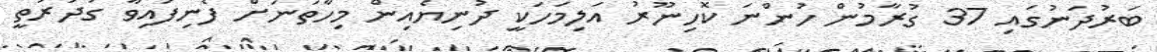
ބަރުދަނުގައި 37 ގުރާމުން ހުންނަ ކޮހިނޫރު އަލިމަހަކީ ދުނިޔެއިން މިހާތަނަށް ފެނިފައިވާ ގުދުރަތީ